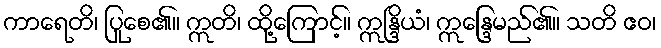
ကာရေတိ၊ ပြုစေ၏။ ဣတိ၊ ထို့ကြောင့်။ ဣန္ဒြိယံ၊ ဣန္ဒြေမည်၏။ သတိ ဧဝ၊